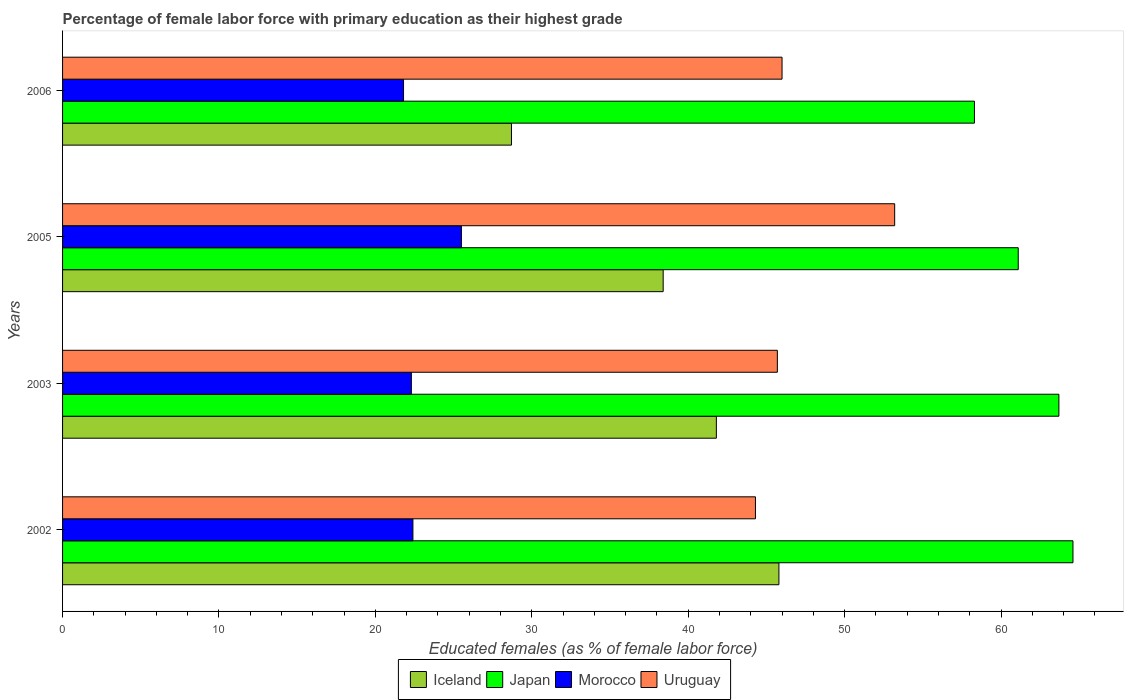
| Years | Iceland | Japan | Morocco | Uruguay |
 | --- | --- | --- | --- | --- |
 | 2002 | 45.8 | 64.6 | 22.4 | 44.3 |
 | 2003 | 41.8 | 63.7 | 22.3 | 45.7 |
 | 2005 | 38.4 | 61.1 | 25.5 | 53.2 |
 | 2006 | 28.7 | 58.3 | 21.8 | 46 |